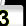
Digit: 3